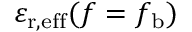
\varepsilon _ { \mathrm { r , e f f } } ( f = f _ { \mathrm { b } } )